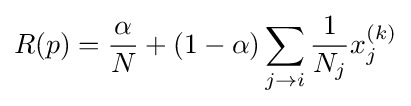
R{(p)}={\alpha  \over N}+(1-\alpha )\sum _{j\rightarrow i}{1 \over N_{j}}x_{j}^{(k)}